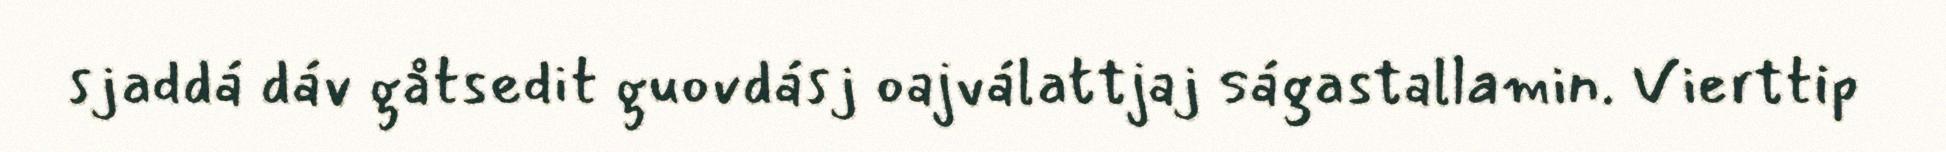
sjaddá dáv gåtsedit guovdásj oajválattjaj ságastallamin. Vierttip